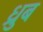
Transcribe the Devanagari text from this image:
ध्रुब